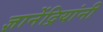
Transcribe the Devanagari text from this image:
ज्ञानेंद्रियांनी